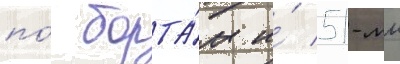
по́ борта́м и́ 51-мм